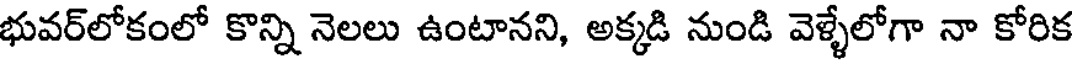
భువర్లోకంలో కొన్ని నెలలు ఉంటానని, అక్కడి నుండి వెళ్ళేలోగా నా కోరిక